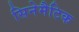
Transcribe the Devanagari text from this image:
सिनेमैटिक